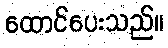
ထောင်ပေးသည်။